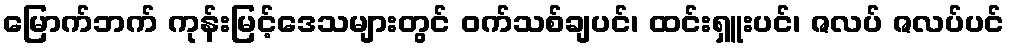
မြောက်ဘက် ကုန်းမြင့်ဒေသများတွင် ဝက်သစ်ချပင်၊ ထင်းရှူးပင်၊ ဇလပ် ဇလပ်ပင်